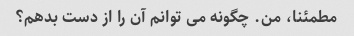
مطمئنا، من. چگونه می توانم آن را از دست بدهم؟